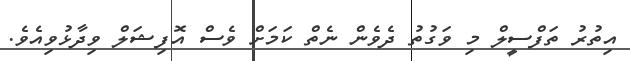
އިތުުރު ތަފްސީލް މި ވަގުތު ދެވެން ނެތް ކަމަށް ވެސް އޮފިޝަލް ވިދާޅުވިއެވެ.